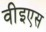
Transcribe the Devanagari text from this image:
वीइएस